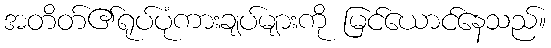
အတိတ်၏ရုပ်ပုံကားချပ်များကို မြင်ယောင်နေသည်။